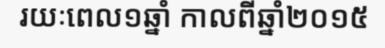
រយៈពេល១ឆ្នាំ កាលពីឆ្នាំ២០១៥